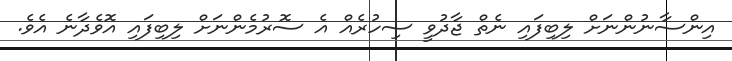
އިންސާނުންނަށް ލިބިފައި ނެތް ޖާދުވީ ސިހުރެއް އެ ސޮރުމެންނަށް ލިބިފައި އޮވެދާނެ އެވެ.